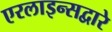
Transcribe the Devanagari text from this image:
एरलाइन्सद्वारे